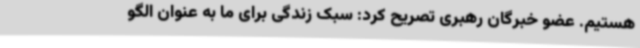
هستیم. عضو خبرگان رهبری تصریح کرد: سبک زندگی برای ما به عنوان الگو